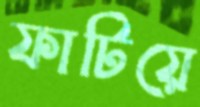
ফাটিয়ে